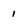
Character: 1